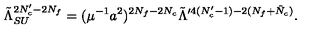
\tilde { \Lambda } _ { S U } ^ { 2 N _ { c } ^ { \prime } - 2 N _ { f } } = ( \mu ^ { - 1 } a ^ { 2 } ) ^ { 2 N _ { f } - 2 N _ { c } } \tilde { \Lambda } ^ { \prime 4 ( N _ { c } ^ { \prime } - 1 ) - 2 ( N _ { f } + \tilde { N } _ { c } ) } .